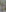
: